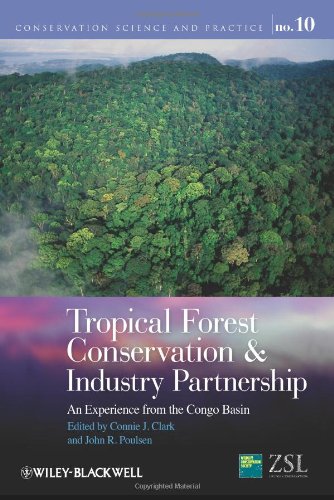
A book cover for Tropical Forest Conservation and Industry Partnership: An Experience from the Congo Basin; Science & Math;